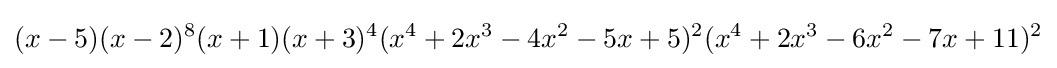
(x-5)(x-2)^{8}(x+1)(x+3)^{4}(x^{4}+2x^{3}-4x^{2}-5x+5)^{2}(x^{4}+2x^{3}-6x^{2}-7x+11)^{2}